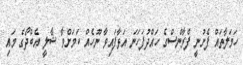
ހަމަލާތައް ފެށުނީ ފްރާންސްގެ ހައްދުފަހަނަ އަޅާފައިވާ ނޫހެއް ކަމަށްވާ ޝާލީ އެބްދޯގެ މައި